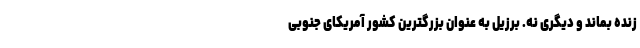
زنده بماند و دیگری نه. برزیل به عنوان بزرگترین کشور آمریکای جنوبی